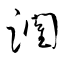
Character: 躙